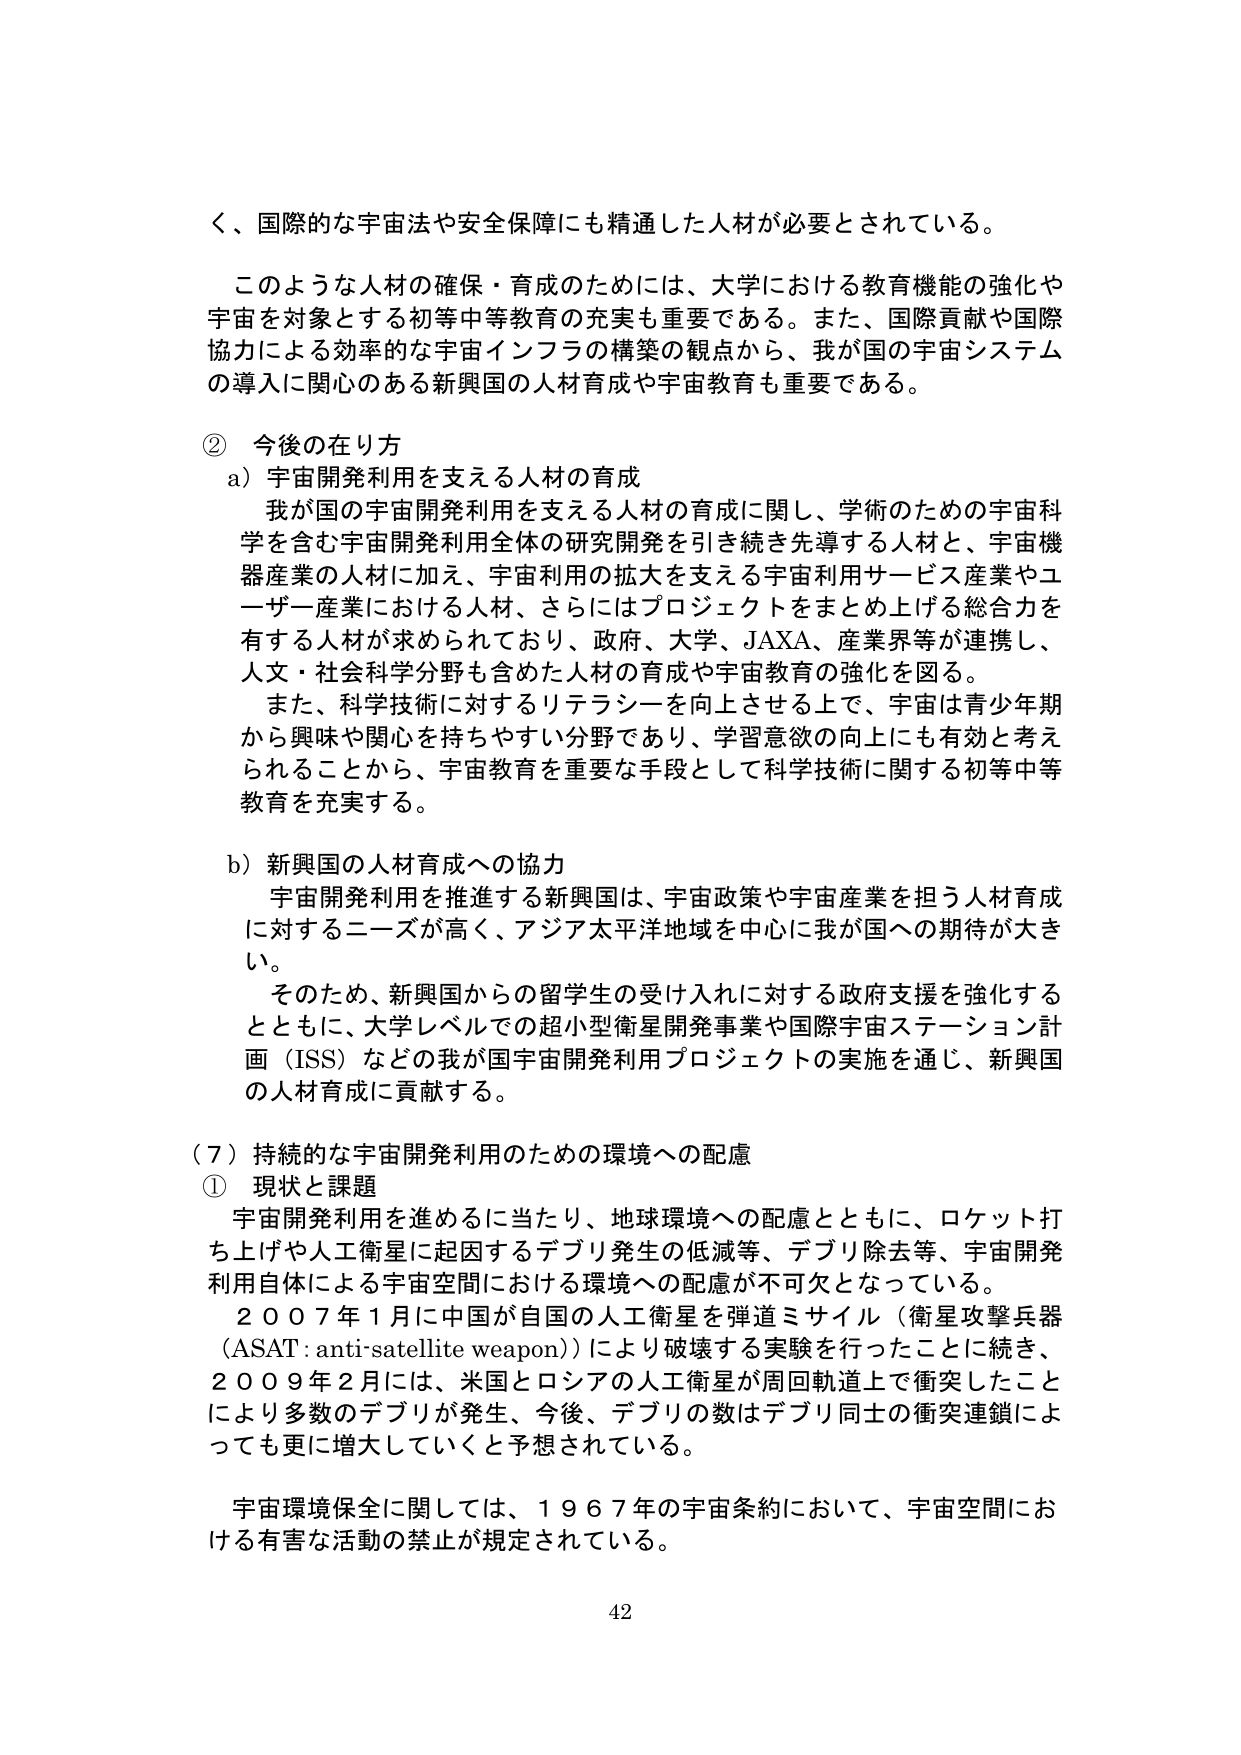
く、国際的な宇宙法や安全保障にも精通した人材が必要とされている。

このような人材の確保・育成のためには、大学における教育機能の強化や宇宙を対象とする初等中等教育の充実も重要である。また、国際貢献や国際協力による効率的な宇宙インフラの構築の観点から、我が国の宇宙システムの導入に関心のある新興国の人材育成や宇宙教育も重要である。

② 今後の在り方
a) 宇宙開発利用を支える人材の育成
我が国の宇宙開発利用を支える人材の育成に関し、学術のための宇宙科学を含む宇宙開発利用全体の研究開発を引き続き先導する人材と、宇宙機器産業の人材に加え、宇宙利用の拡大を支える宇宙利用サービス産業やユーザー産業における人材、さらにはプロジェクトをまとめ上げる総合力を有する人材が求められており、政府、大学、JAXA、産業界等が連携し、人文・社会科学分野も含めた人材の育成や宇宙教育の強化を図る。
また、科学技術に対するリテラシーを向上させる上で、宇宙は青少年期から興味や関心を持ちやすい分野であり、学習意欲の向上にも有効と考えられることから、宇宙教育を重要な手段として科学技術に関する初等中等教育を充実する。

b) 新興国の人材育成への協力
宇宙開発利用を推進する新興国は、宇宙政策や宇宙産業を担う人材育成に対するニーズが高く、アジア太平洋地域を中心に我が国への期待が大きい。
そのため、新興国からの留学生の受け入れに対する政府支援を強化するとともに、大学レベルでの超小型衛星開発事業や国際宇宙ステーション計画（ISS）などの我が国宇宙開発利用プロジェクトの実施を通じ、新興国の人材育成に貢献する。

（7）持続的な宇宙開発利用のための環境への配慮
① 現状と課題
宇宙開発利用を進めるに当たり、地球環境への配慮とともに、ロケット打ち上げや人工衛星に起因するデブリ発生の低減等、デブリ除去等、宇宙開発利用自体による宇宙空間における環境への配慮が不可欠となっている。
２００７年１月に中国が自国の人工衛星を弾道ミサイル（衛星攻撃兵器（ASAT: anti-satellite weapon））により破壊する実験を行ったことに続き、２００９年２月には、米国とロシアの人工衛星が周回軌道上で衝突したことにより多数のデブリが発生、今後、デブリの数はデブリ同士の衝突連鎖によっても更に増大していくと予想されている。
宇宙環境保全に関しては、１９６７年の宇宙条約において、宇宙空間における有害な活動の禁止が規定されている。

42